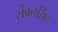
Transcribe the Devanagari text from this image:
संबलसिंह